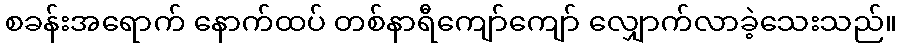
စခန်းအရောက် နောက်ထပ် တစ်နာရီကျော်ကျော် လျှောက်လာခဲ့သေးသည်။